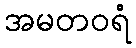
အမတဝရံ